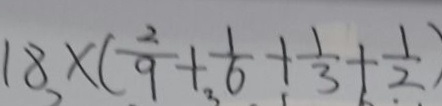
1 8 \times ( \frac { 2 } { 9 } + \frac { 1 } { 6 } + \frac { 1 } { 3 } + \frac { 1 } { 2 } )